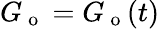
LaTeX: G_{\mathrm{~o~}}=G_{\mathrm{~o~}}(t)